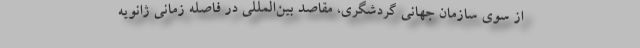
از سوی سازمان جهانی گردشگری، مقاصد بین‌المللی در فاصله زمانی ژانویه